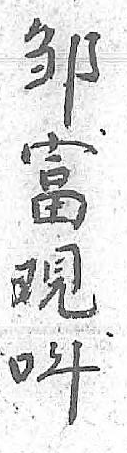
邹呌富 覌